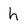
Character: h